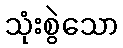
သုံးစွဲသော